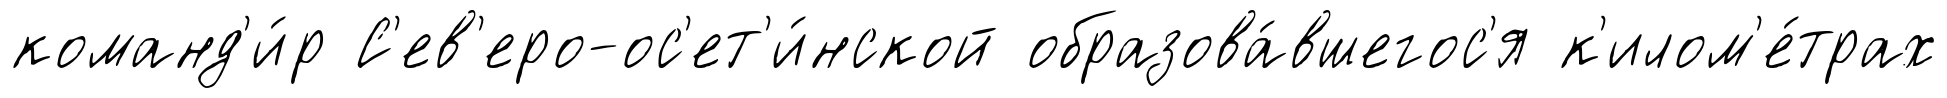
команд'и́р С'ев'еро-ос'ет'и́нской образова́вшегос'я к'илом'е́трах